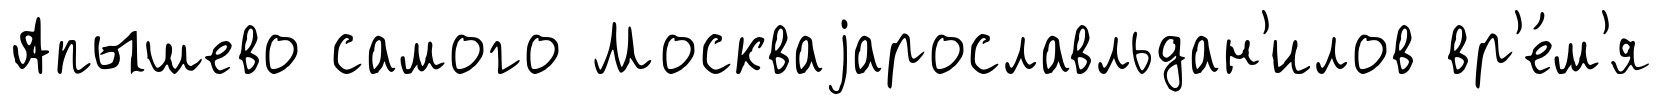
Апышево самого Москваjарославльдан'илов вр'е́м'я